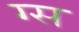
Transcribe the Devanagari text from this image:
ग्स